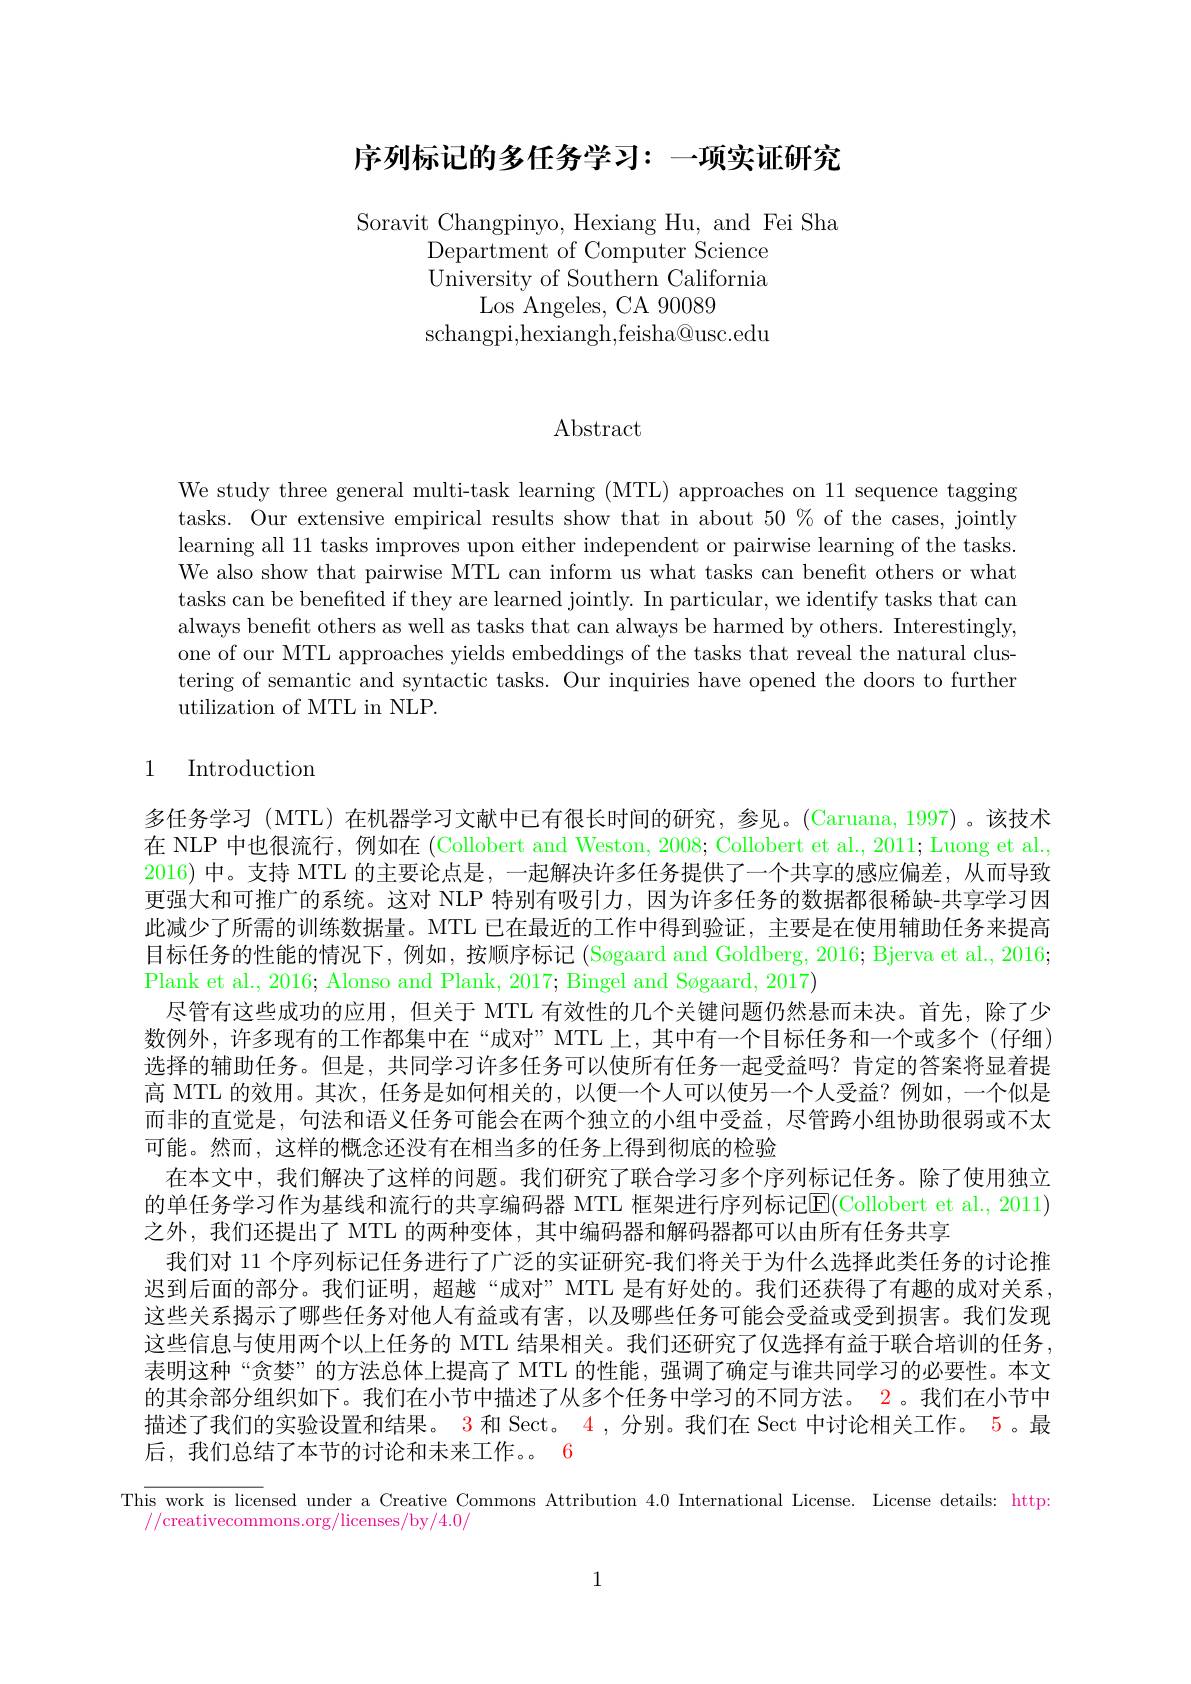
## 序列标记的多任务学习：一项实证研究

Soravit Changpinyo, Hexiang Hu, and Fei Sha
Department of Computer Science University of Southern California
Los Angeles, CA 90089
$\operatorname{schangpi,hexiangh,feisha@usc.edu}$

$\operatorname{Abstract}$

We study three general multi-task learning (MTL) approaches on 11 sequence tagging tasks. Our extensive empirical results show that in about $50\%$ of the cases, jointly learning all 11 tasks improves upon either independent or pairwise learning of the tasks. We also show that pairwise MTL can inform us what tasks can benefit others or what tasks can be benefited if they are learned jointly. In particular, we identify tasks that can always benefit others as well as tasks that can always be harmed by others. Interestingly, one of our MTL approaches yields embeddings of the tasks that reveal the natural clustering of semantic and syntactic tasks. Our inquiries have opened the doors to further utilization of MTL in NLP.

## 1 Introduction

多任务学习 (MTL)在机器学习文献中已有很长时间的研究，参见。(Caruana,1997)。该技术在 NLP 中也很流行，例如在(Collobert and Weston, 2008; Collobert et al., 2011; Luong et al., 2016) 中。支持 MTL 的主要论点是，一起解决许多任务提供了一个共享的感应偏差，从而导致更强大和可推广的系统。这对 NLP 特别有吸引力，因为许多任务的数据都很稀缺-共享学习因此减少了所需的训练数据量。MTL 已在最近的工作中得到验证，主要是在使用辅助任务来提高目标任务的性能的情况下，例如，按顺序标记(Søgaard and Goldberg, 2016; Bjerva et al., 2016; Plank et al., 2016; Alonso and Plank, 2017; Bingel and Søgaard, 2017)
尽管有这些成功的应用，但关于 MTL 有效性的几个关键问题仍然悬而未决。首先，除了少数例外，许多现有的工作都集中在“成对”MTL上，其中有一个目标任务和一个或多个(仔细) 选择的辅助任务。但是，共同学习许多任务可以使所有任务一起受益吗？肯定的答案将显着提高 MTL 的效用。其次，任务是如何相关的，以便一个人可以使另一个人受益？例如，一个似是而非的直觉是，句法和语义任务可能会在两个独立的小组中受益，尽管跨小组协助很弱或不太可能。然而，这样的概念还没有在相当多的任务上得到彻底的检验
在本文中，我们解决了这样的问题。我们研究了联合学习多个序列标记任务。除了使用独立的单任务学习作为基线和流行的共享编码器 MTL 框架进行序列标记$\overline{\mathrm{E}}($Collobert et al., 2011之外，我们还提出了 MTL 的两种变体，其中编码器和解码器都可以由所有任务共享
我们对 11 个序列标记任务进行了广泛的实证研究-我们将关于为什么选择此类任务的讨论推迟到后面的部分。我们证明，超越“成对” MTL 是有好处的。我们还获得了有趣的成对关系， 这些关系揭示了哪些任务对他人有益或有害，以及哪些任务可能会受益或受到损害。我们发现这些信息与使用两个以上任务的 MTL 结果相关。我们还研究了仅选择有益于联合培训的任务， 表明这种“贪婪”的方法总体上提高了 MTL 的性能，强调了确定与谁共同学习的必要性。本文的其余部分组织如下。我们在小节中描述了从多个任务中学习的不同方法。2。我们在小节中描述了我们的实验设置和结果。$\color{red}{3\text{ 和 Sect。}4}$,分别。我们在 Sect 中讨论相关工作。5。最后，我们总结了本节的讨论和未来工作。6
This work is licensed under a Creative Commons Attribution 4.0 International License. License details: http:

//creativecommons.org/licenses/by/4.0/

1